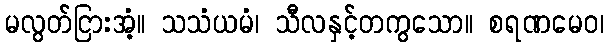
မလွတ်ငြားအံ့။ သသံယမံ၊ သီလနှင့်တကွသော။ စရဏမေဝ၊